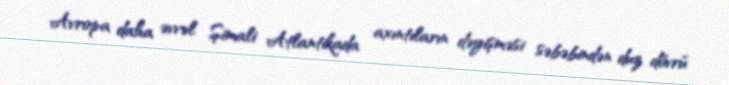
Avropa daha əvvəl Şimali Atlantikada axıntıların dəyişməsi səbəbindən duz dövrü